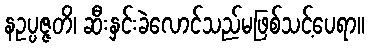
နဥပ္ပဇ္ဇတိ၊ ဆီးနှင်းခဲလောင်သည်မဖြစ်သင့်ပေရာ။